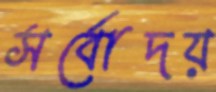
সর্বোদয়